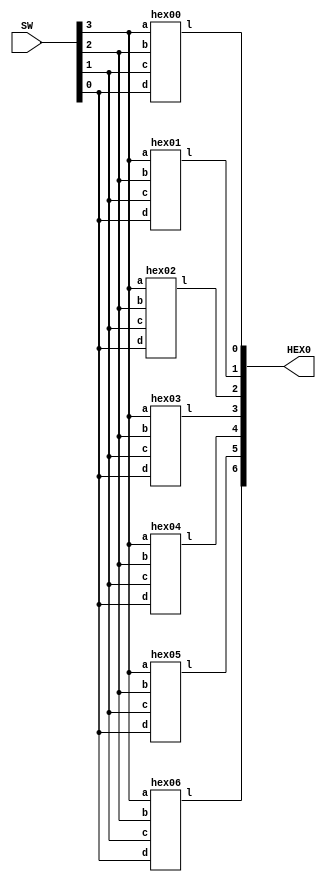
`timescale 1ns / 1ns // `timescale time_unit/time_precision

//SW[4:0] data inputs

//HEX0[6:0] output display

module lab_1c(HEX0, SW);
    input [4:0] SW;
    output [6:0] HEX0;

    hex00 up(
        .a(SW[3]),
        .b(SW[2]),
	.c(SW[1]),
	.d(SW[0]),
        .l(HEX0[0])
        );

    hex01 right_up(
        .a(SW[3]),
        .b(SW[2]),
	.c(SW[1]),
	.d(SW[0]),
        .l(HEX0[1])
        );

    hex02 right_down(
        .a(SW[3]),
        .b(SW[2]),
	.c(SW[1]),
	.d(SW[0]),
        .l(HEX0[2])
        );

    hex03 down(
        .a(SW[3]),
        .b(SW[2]),
	.c(SW[1]),
	.d(SW[0]),
        .l(HEX0[3])
        );

    hex04 left_down(
        .a(SW[3]),
        .b(SW[2]),
	.c(SW[1]),
	.d(SW[0]),
        .l(HEX0[4])
        );

    hex05 left_up(
        .a(SW[3]),
        .b(SW[2]),
	.c(SW[1]),
	.d(SW[0]),
        .l(HEX0[5])
        );

    hex06 center(
        .a(SW[3]),
        .b(SW[2]),
	.c(SW[1]),
	.d(SW[0]),
        .l(HEX0[6])
        );
endmodule

module hex00(a, b, c, d, l);
    input a;
    input b;
    input c;
    input d;
    output l;

    assign l = ~a & ~b & ~c & d | ~a & b & ~c & ~d | a & b & ~c & d | a & ~b & c & d;
endmodule

module hex01(a, b, c, d, l);
    input a;
    input b;
    input c;
    input d;
    output l;

    assign l = ~a & b & ~c & d | a & c & d | b & c & ~d | a & b & ~d;
endmodule

module hex02(a, b, c, d, l);
    input a;
    input b;
    input c;
    input d;
    output l;

    assign l = a & b & ~d | a & b & c | ~a & ~b & c & ~d;
endmodule

module hex03(a, b, c, d, l);
    input a;
    input b;
    input c;
    input d;
    output l;

    assign l = ~a & ~b & ~c & d | b & c & d | a & ~b & c & ~d | ~a & b & ~c & ~d;
endmodule

module hex04(a, b, c, d, l);
    input a;
    input b;
    input c;
    input d;
    output l;

    assign l = ~a & d | ~a & b & ~c | ~b & ~c & d;
endmodule

module hex05(a, b, c, d, l);
    input a;
    input b;
    input c;
    input d;
    output l;

    assign l = ~a & ~b & d | ~a & c & d | ~a & ~b & c | a & b & ~c & d;
endmodule

module hex06(a, b, c, d, l);
    input a;
    input b;
    input c;
    input d;
    output l;

    assign l = ~a & ~b & ~c | ~a & b & c & d | a & b & ~c & ~d;
endmodule